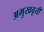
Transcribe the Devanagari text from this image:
अमुखवृत्ती